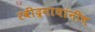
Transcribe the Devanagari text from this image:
रवींद्रनाथांनीच